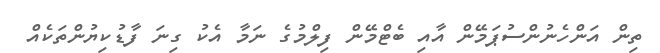
ތިން އަންހެނުންސުޕަމޭން އާއި ބެޓްމޭން ފިލްމުގެ ނަމާ އެކު ގިނަ ފާޑުކިޔުންތަކެއް